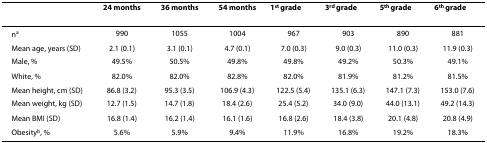
<table><thead><tr><td></td><td><b>24 months</b></td><td><b>36 months</b></td><td><b>54 months</b></td><td><b>1<sup>st </sup>grade</b></td><td><b>3<sup>rd </sup>grade</b></td><td><b>5<sup>th </sup>grade</b></td><td><b>6<sup>th </sup>grade</b></td></tr></thead><tbody><tr><td>n<sup>a</sup></td><td>990</td><td>1055</td><td>1004</td><td>967</td><td>903</td><td>890</td><td>881</td></tr><tr><td>Mean age, years (SD)</td><td>2.1 (0.1)</td><td>3.1 (0.1)</td><td>4.7 (0.1)</td><td>7.0 (0.3)</td><td>9.0 (0.3)</td><td>11.0 (0.3)</td><td>11.9 (0.3)</td></tr><tr><td>Male, %</td><td>49.5%</td><td>50.5%</td><td>49.8%</td><td>49.8%</td><td>49.2%</td><td>50.3%</td><td>49.1%</td></tr><tr><td>White, %</td><td>82.0%</td><td>82.0%</td><td>82.8%</td><td>82.0%</td><td>81.9%</td><td>81.2%</td><td>81.5%</td></tr><tr><td>Mean height, cm (SD)</td><td>86.8 (3.2)</td><td>95.3 (3.5)</td><td>106.9 (4.3)</td><td>122.5 (5.4)</td><td>135.1 (6.3)</td><td>147.1 (7.3)</td><td>153.0 (7.6)</td></tr><tr><td>Mean weight, kg (SD)</td><td>12.7 (1.5)</td><td>14.7 (1.8)</td><td>18.4 (2.6)</td><td>25.4 (5.2)</td><td>34.0 (9.0)</td><td>44.0 (13.1)</td><td>49.2 (14.3)</td></tr><tr><td>Mean BMI (SD)</td><td>16.8 (1.4)</td><td>16.2 (1.4)</td><td>16.1 (1.6)</td><td>16.8 (2.6)</td><td>18.4 (3.8)</td><td>20.1 (4.8)</td><td>20.8 (4.9)</td></tr><tr><td>Obesity<sup>b</sup>, %</td><td>5.6%</td><td>5.9%</td><td>9.4%</td><td>11.9%</td><td>16.8%</td><td>19.2%</td><td>18.3%</td></tr></tbody></table>